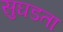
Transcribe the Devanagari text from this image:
सुघडता